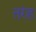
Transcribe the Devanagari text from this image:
तरंह